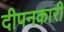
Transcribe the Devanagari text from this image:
दीपनकारी